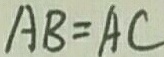
A B = A C